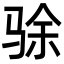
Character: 𬳿